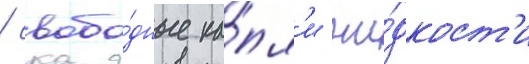
/ свобо́дные ка́пл'и жи́дкост'и